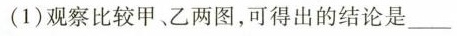
(1)观察比较甲、乙两图，可得出的结论是___